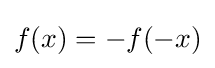
f(x)=-f(-x)